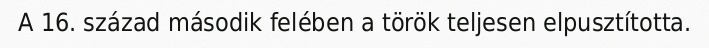
A 16. század második felében a török teljesen elpusztította.